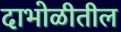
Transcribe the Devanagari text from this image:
दाभोळीतील